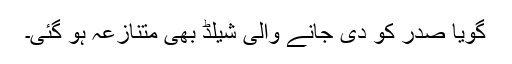
گویا صدر کو دی جانے والی شیلڈ بھی متنازعہ ہو گئی۔